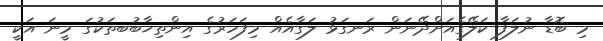
މި ބޮޑާ ނުލަފާ ކަލޭގެއަށްދޭނަން ރަނގަޅު ލަގާއެއް މިފަހަރުގެ އިންތިޚާބުބތަކުގަ މީނަ އަކީ